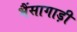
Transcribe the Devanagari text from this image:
भैंसागाड़ी